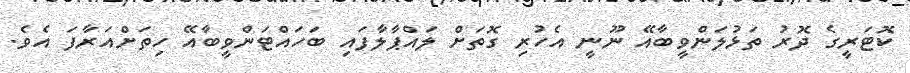
ކޮޓަރީގެ ދޮރު ތަޅުލަންވީބާއޭ ނޫނީ އެހުރި ގޮތަށް ލައްޕާލާފައި ބަހައްޓަންވީބާއޭ ހިތަށްއަރާފަ އެވެ.